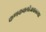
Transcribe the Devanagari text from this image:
कणकवलीजवळ्च्या